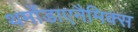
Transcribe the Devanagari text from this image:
थर्मोडाएनैमिक्स